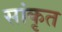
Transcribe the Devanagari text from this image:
सांकृत